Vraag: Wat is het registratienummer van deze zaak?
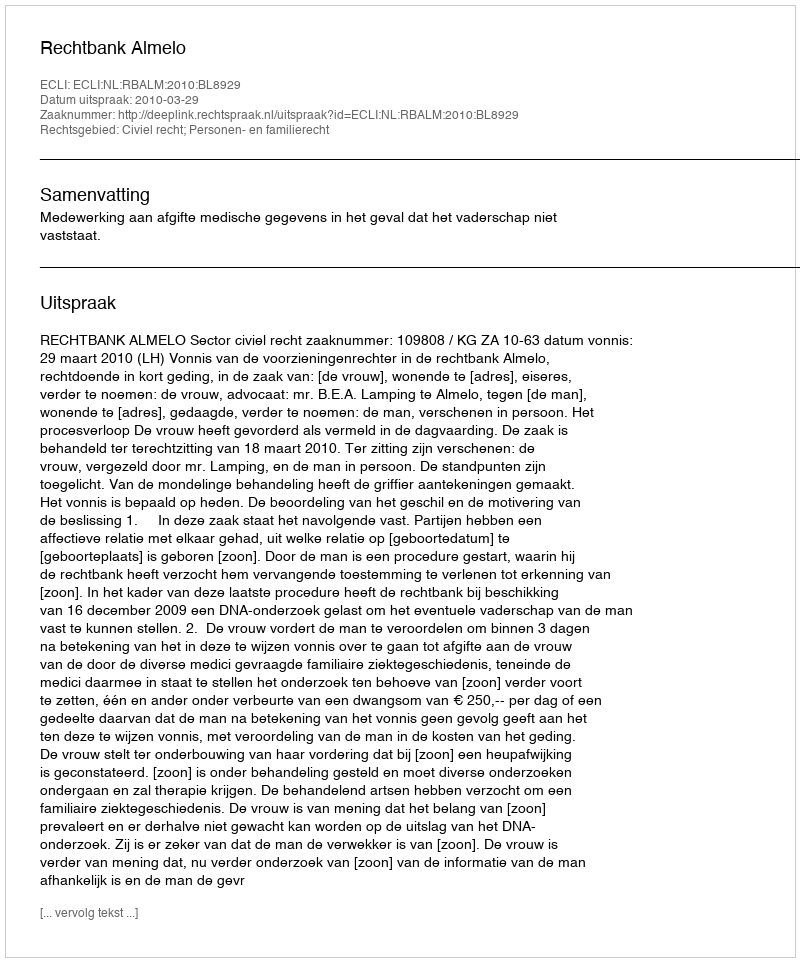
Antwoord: http://deeplink.rechtspraak.nl/uitspraak?id=ECLI:NL:RBALM:2010:BL8929